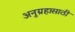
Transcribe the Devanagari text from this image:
अनुग्रहासाठी